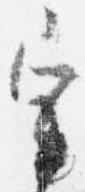
宰